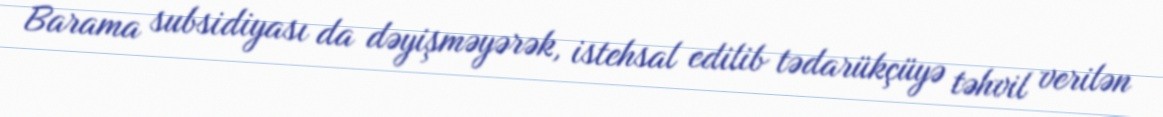
Barama subsidiyası da dəyişməyərək, istehsal edilib tədarükçüyə təhvil verilən